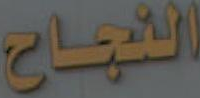
النجاح